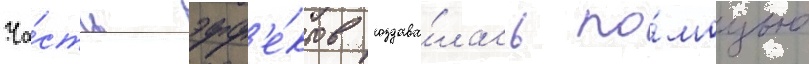
Ча́сть эфф'е́ктов создава́лась по́мощью